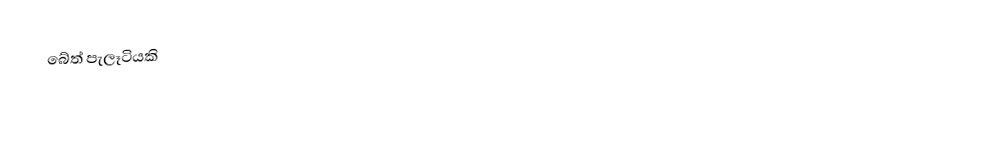
බේත් පැලෑටියකි